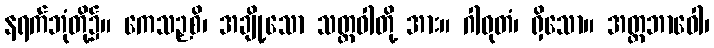
နရက်ဘုံတို့၌။ ကေသဉှစိ၊ အချို့သော သတ္တဝါတို့ အား။ ဂါဝုတံ၊ ရှိသော။ အတ္တဘာဝေါ၊